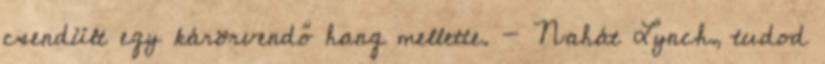
csendült egy kárörvendő hang mellette. - Nahát Lynch, tudod